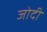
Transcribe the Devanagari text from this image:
जोदी